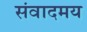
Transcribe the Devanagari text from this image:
संवादमय